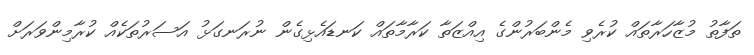
ތަފާތު މުޒާހަރާތައް ކުރެވި މެންބަރުންގެ އިއްޒަތާ ކަރާމާތައް ކަނޑައެޅިގެން ނުރަނގަޅު އަސަރުތަކެއް ކުރާމިންވަރަށް